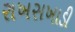
રાખસખાડી